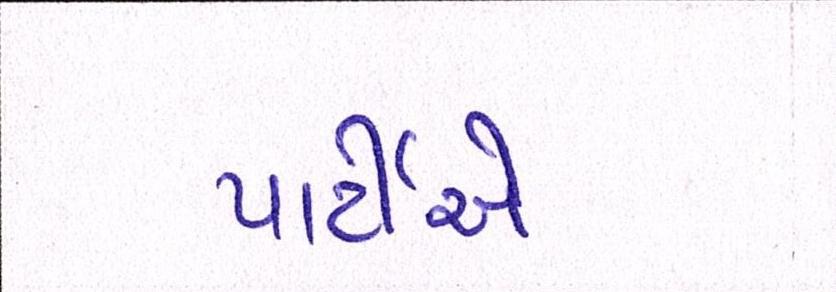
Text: પાર્ટીએ